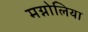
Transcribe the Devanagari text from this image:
मग्नोलिया